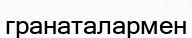
гранаталармен